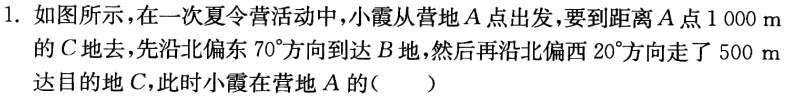
1. 如图所示，在一次夏令营活动中，小霞从营地\(A\)点出发，要到距离\(A\)点\(1000\)m的\(C\)地去，先沿北偏东\(70^{\circ}\)方向到达\(B\)地，然后再沿北偏西\(20^{\circ}\)方向走了\(500\)m到达目的地\(C\)，此时小霞在营地\(A\)的（  ）